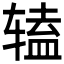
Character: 𫐔